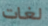
لغات